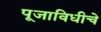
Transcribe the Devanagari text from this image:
पूजाविधीचे